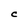
Character: C